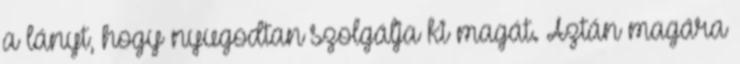
a lányt, hogy nyugodtan szolgálja ki magát. Aztán magára